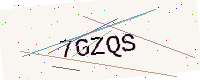
Text: 7GZQS